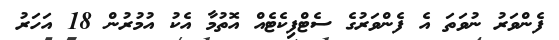
ފެންވަރު ނުވަތަ އެ ފެންވަރުގެ ސެޓްފިކެޓެއް އޮތުމާ އެކު އުމުރުން 18 އަހަރު